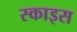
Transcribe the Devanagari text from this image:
स्काइस